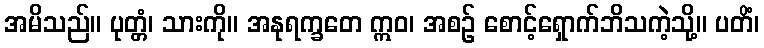
အမိသည်။ ပုတ္တံ၊ သားကို။ အနုရက္ခတေ ဣဝ၊ အစဉ် စောင့်ရှောက်ဘိသကဲ့သို့။ ပတိံ၊